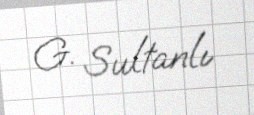
G. Sultanlı